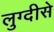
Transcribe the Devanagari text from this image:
लुग्दीसे